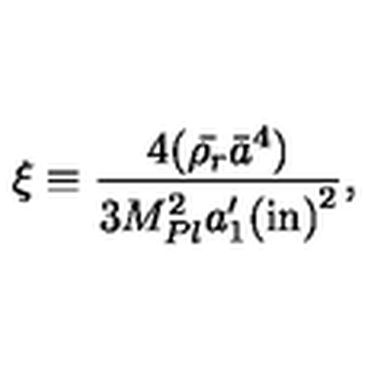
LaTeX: \xi \equiv \frac { 4 ( \bar { \rho _ { r } } \bar { a } ^ { 4 } ) } { 3 M _ { P l } ^ { 2 } { { a } _ { 1 } ^ { \prime } ( \mathrm { i n } ) } ^ { 2 } } ,